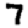
Digit: 7